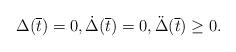
LaTeX: \begin{align*}\Delta (\overline{t}) = 0, \dot \Delta (\overline{t}) = 0, \ddot \Delta (\overline{t}) \geq 0.\end{align*}